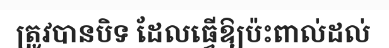
ត្រូវបានបិទ ដែលធ្វើឱ្យប៉ះពាល់ដល់